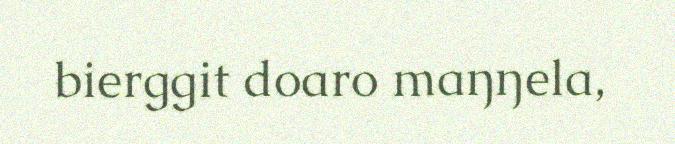
bierggit doaro maŋŋela,